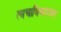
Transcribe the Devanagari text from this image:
त्वचाविकारावर